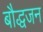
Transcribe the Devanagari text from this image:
बौद्धजन